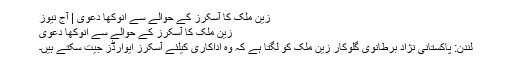
زین ملک کا آسکرز کے حوالے سے انوکھا دعویٰ | آج نیوز
زین ملک کا آسکرز کے حوالے سے انوکھا دعویٰ
لندن: پاکستانی نژاد برطانوی گلوکار زین ملک کو لگتا ہے کہ وہ اداکاری کیلئے آسکرز ایوارڈز جیت سکتے ہیں۔